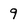
Character: 9